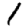
Digit: 1